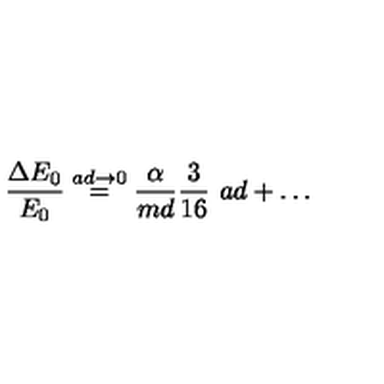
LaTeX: { \frac { \Delta E _ { 0 } } { E _ { 0 } } } \stackrel { a d \to 0 } { = } { \frac { \alpha } { m d } } { \frac { 3 } { 1 6 } } \ { a d } + \ldots